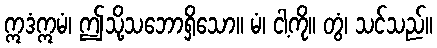
ဣဒံဣမံ၊ ဤသို့သဘောရှိသော။ မံ၊ ငါ့ကို။ တွံ၊ သင်သည်။